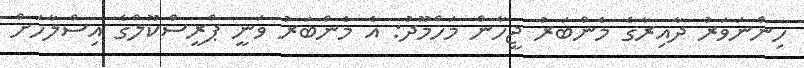
ހިންނަވަރު ދާއިރާގެ މެންބަރު ޖީހާން މަހްމޫދު: އެ މެންބަރު ވަނީ ޕްރީސްކޫލްގެ އިސްލާހަށް